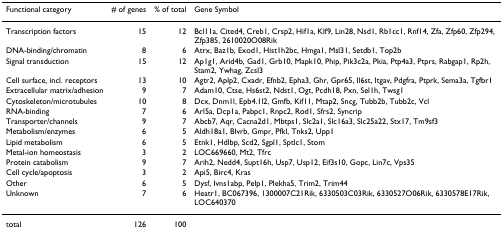
| Functional category | # of genes | % of total | Gene Symbol |
 | --- | --- | --- | --- |
 | Transcription factors | 15 | 12 | Bcl11a, Cited4, Creb1, Crsp2, Hif1a, Klf9, Lin28, Nsd1, Rb1cc1, Rnf14, Zfa, Zfp60, Zfp294, Zfp385, 2610020O08Rik |
 | DNA-binding/chromatin | 8 | 6 | Atrx, Baz1b, Exod1, Hist1h2bc, Hmga1, Msl31, Setdb1, Top2b |
 | Signal transduction | 15 | 12 | Ap1g1, Arid4b, Gad1, Grb10, Mapk10, Phip, Pik3c2a, Pkia, Ptp4a3, Ptprs, Rabgap1, Rp2h, Stam2, Ywhag, Zcsl3 |
 | Cell surface, incl. receptors | 13 | 10 | Agtr2, Aplp2, Cxadr, Efnb2, Epha3, Ghr, Gpr65, Il6st, Itgav, Pdgfra, Ptprk, Sema3a, Tgfbr1 |
 | Extracellular matrix/adhesion | 9 | 7 | Adam10, Ctse, Hs6st2, Ndst1, Ogt, Pcdh18, Pxn, Sel1h, Twsg1 |
 | Cytoskeleton/microtubules | 10 | 8 | Dcx, Dnm1l, Epb4.1l2, Gmfb, Kif11, Mtap2, Sncg, Tubb2b, Tubb2c, Vcl |
 | RNA-binding | 7 | 6 | Arl5a, Dcp1a, Pabpc1, Rnpc2, Rod1, Sfrs2, Syncrip |
 | Transporter/channels | 9 | 7 | Abcb7, Aqr, Cacna2d1, Mbtps1, Slc2a1, Slc16a3, Slc25a22, Stx17, Tm9sf3 |
 | Metabolism/enzymes | 6 | 5 | Aldh18a1, Blvrb, Gmpr, Pfkl, Tnks2, Upp1 |
 | Lipid metabolism | 6 | 5 | Etnk1, Hdlbp, Scd2, Sgpl1, Sptlc1, Stom |
 | Metal-ion homeostasis | 3 | 2 | LOC669660, Mt2, Tfrc |
 | Protein catabolism | 9 | 7 | Arih2, Nedd4, Supt16h, Usp7, Usp12, Eif3s10, Gopc, Lin7c, Vps35 |
 | Cell cycle/apoptosis | 3 | 2 | Api5, Birc4, Kras |
 | Other | 6 | 5 | Dysf, Ivns1abp, Pelp1, Plekha5, Trim2, Trim44 |
 | Unknown | 7 | 6 | Heatr1, BC067396, 1300007C21Rik, 6330503C03Rik, 6330527O06Rik, 6330578E17Rik, LOC640370 |
 | total | 126 | 100 |  |